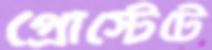
প্রোস্টেটে